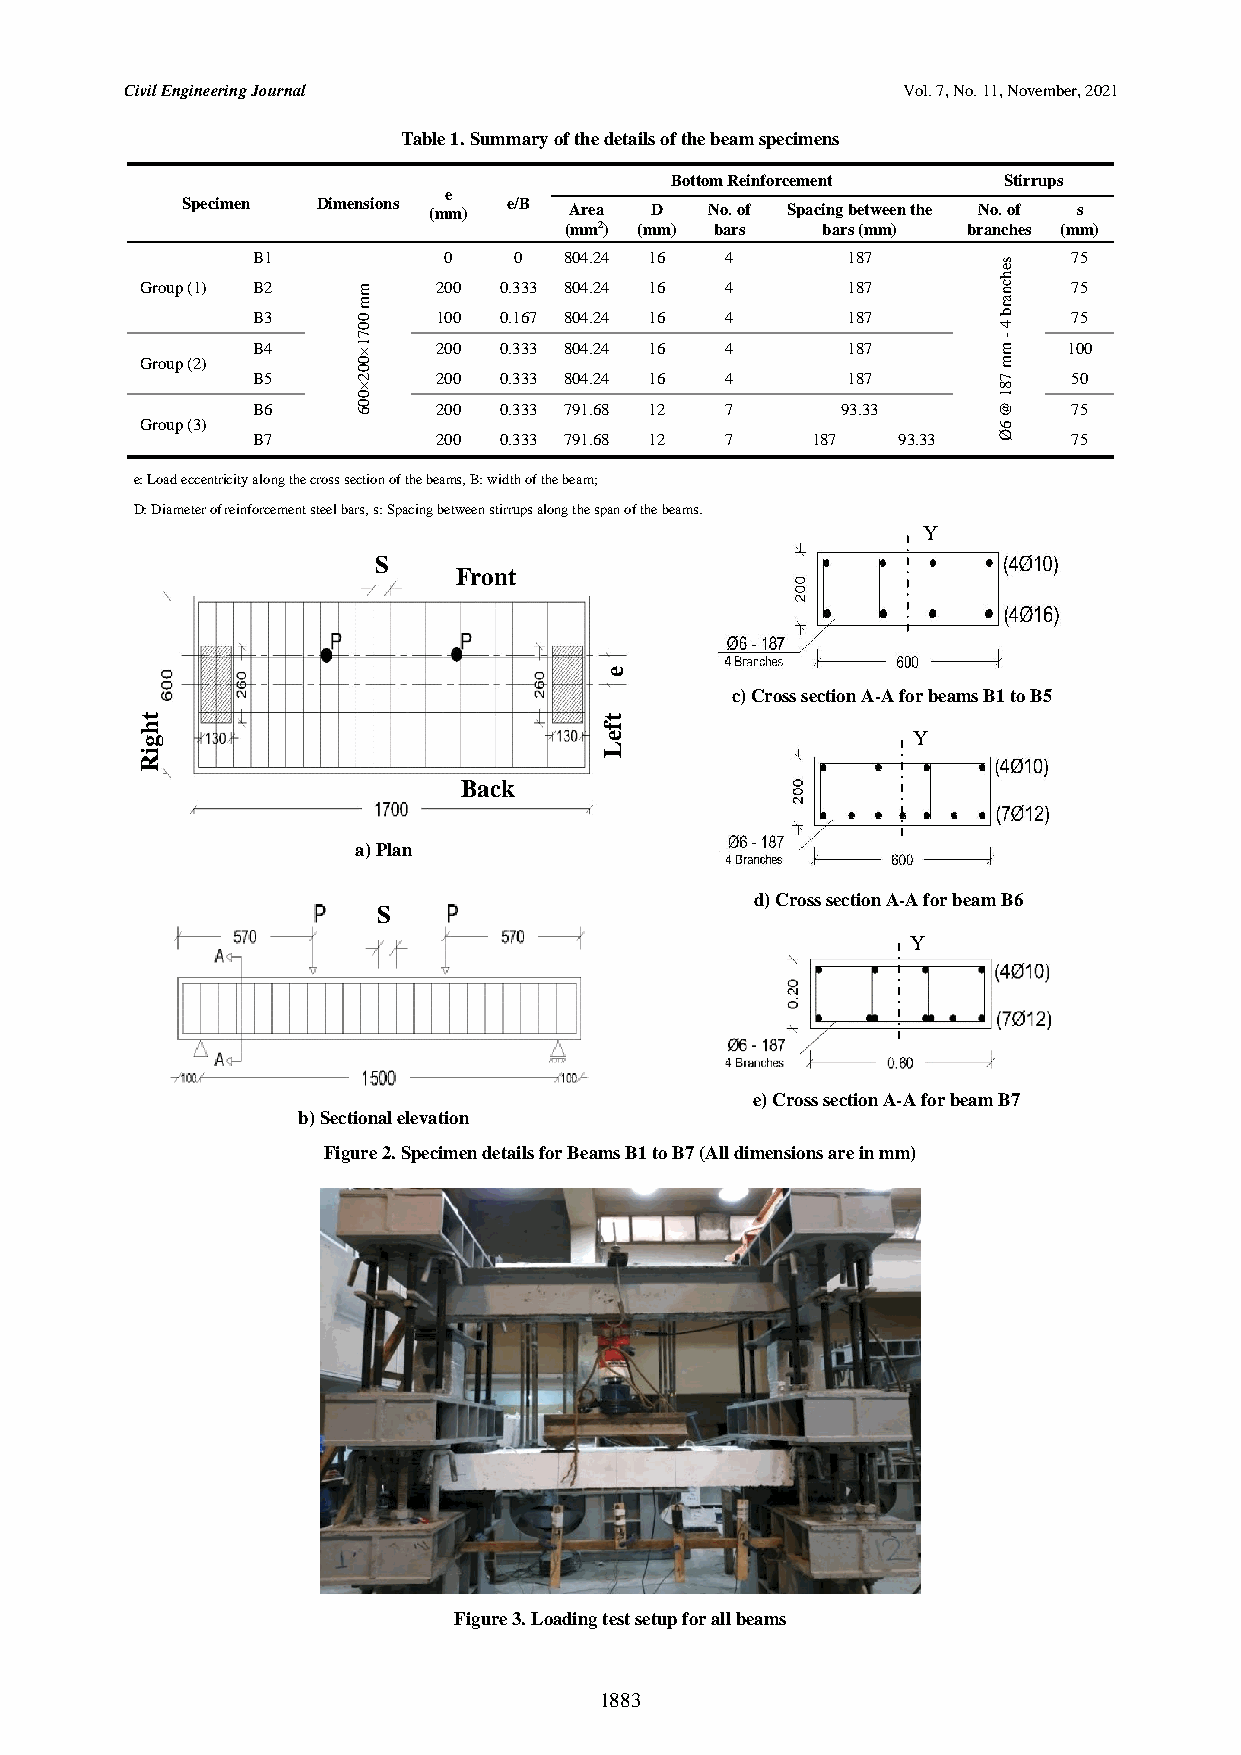
Civil Engineering Journal                           Vol. 7, No. 11, November, 2021
 Table 1. Summary of the details of the beam specimens
 Bottom Reinforcement  Stirrups
 e
 Specimen Dimensions (mm) e/B Area D No. of Spacing between the No. of s
 (mm2) (mm) bars  bars (mm) branches (mm)
 B1          0    0  804.24 16  4       187       s    75
 e
 h
 Group (1) B2   m    200 0.333 804.24 16 4      187       nc   75
 B3     00
 m
 100 0.167 804.24 16 4      187
 4
 bra
 75
 B4     1 ×7 200 0.333 804.24 16 4      187       - m  100
 Group (2)      0                                         m
 B5
 20
 200 0.333 804.24 16 4      187       7    50
 ×                                         8
 0                                         1
 B6     60   200 0.333 791.68 12 7      93.33     @    75
 Group (3)                                                6
 B7          200 0.333 791.68 12 7    187  93.33  Ø    75
 e: Load eccentricity along the cross section of the beams, B: width of the beam;
 D: Diameter of reinforcement steel bars, s: Spacing between stirrups along the span of the beams.
 Y
 S
 Front
 e
 c) Cross section A-A for beams B1 to B5
 t                              t
 h                              f
 g                              e                   Y
 i                              L
 R
 Back
 a) Plan
 d) Cross section A-A for beam B6
 S
 Y
 e) Cross section A-A for beam B7
 b) Sectional elevation
 Figure 2. Specimen details for Beams B1 to B7 (All dimensions are in mm)
 Figure 3. Loading test setup for all beams
 1883